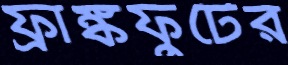
ফ্রাঙ্কফুর্টের